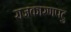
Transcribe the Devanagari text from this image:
राजकारणपटु